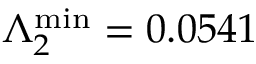
\Lambda _ { 2 } ^ { \mathrm { m i n } } = 0 . 0 5 4 1